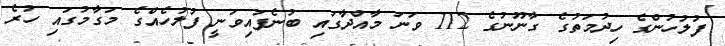
ފުލުހުންގެ ހިދުމަތުގެ ގާނޫނުގެ 112 ވަނަ މާއްދާގައި ބުނެފައިވަނީ ފުލުހެއްގެ މަގާމުގައި ހުރެ